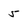
Character: 5